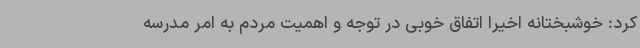
کرد: خوشبختانه اخیرا اتفاق خوبی در توجه و اهمیت مردم به امر مدرسه